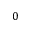
0